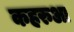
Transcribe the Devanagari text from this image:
कहरुआ